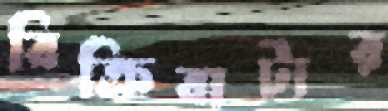
বিক্রিবাটার